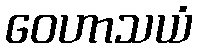
ဝေဟာသယံ